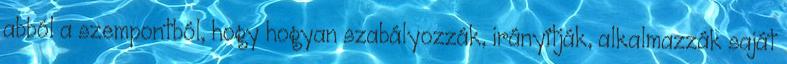
abból a szempontból, hogy hogyan szabályozzák, irányítják, alkalmazzák saját